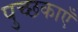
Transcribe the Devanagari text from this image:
पुच्छकाएँ